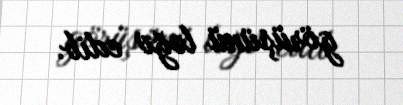
görüşünü ləğv edib.